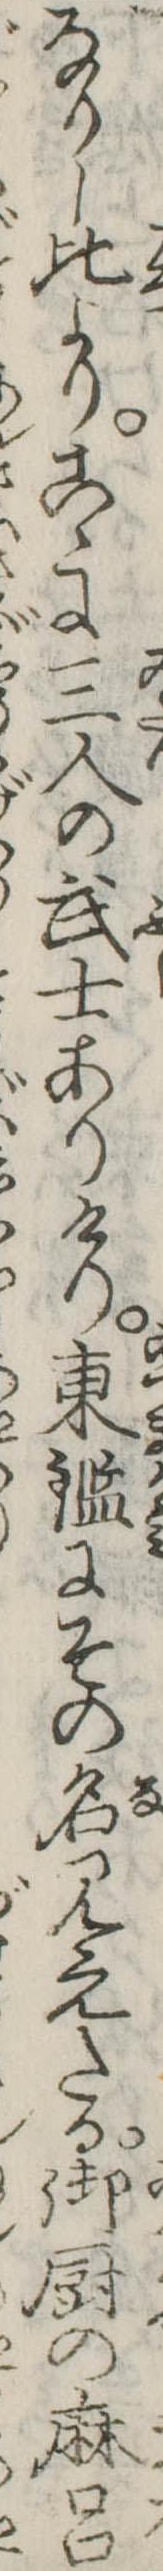
なりし比よりこゝに三人の武士ありけり東鑑にその名見えたる御厨の麻呂